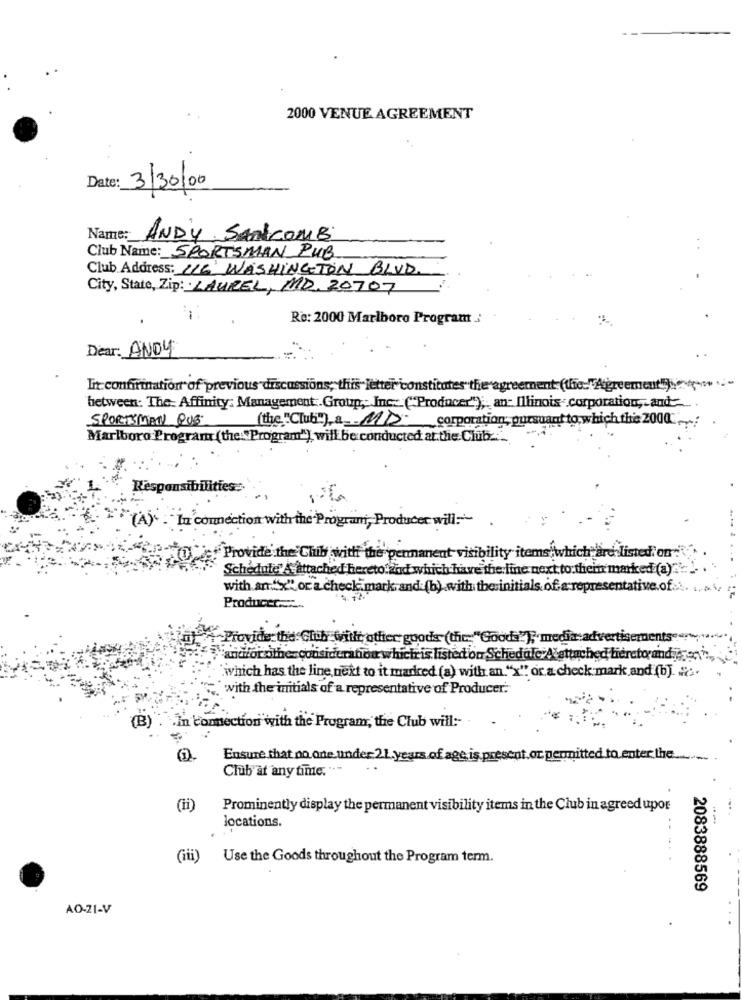
2000 VENUE AGREEMENT
Date:
3/30/00
Name:
ANDY, SANicomB
Club Name: SPORTSMAN PUB
Club Address: (16 WASHINGTON BLVD
City, State, Zip: LAUREL, MD. 20707
Re: 2000 Marlboro Program :
Dear: ANDY
In conforination of previous discussions, this letter constitutes the agreement (the "Agreement").
between: The: Affinity: Management.Group, Inc. ("Producer") ;. an- Illinois corporation ,- and --
SPORTSMAN PUS
(the "Club"), a MD
corporation, pursuant to, which the 2000-
Marlboro Program (the:"Program") will be conducted at the Club ....
Responsibilities:
"(A)" . "In connection with the Program, Producer will ---
.Provide the Chib with the permanent visibility items which are listed on"
Schedule& attached hereto.and which have the line next to thein marked (a).
with an"x",or a check mark.and (b) with theinitials of a representative.of.\.
Producer .....
Provide the Club witlt other goods (the: "Gooda"), media advertisements
"andforother consideration which is listed on Schedule A attached fieretorandi
which has the line next to it madred (a) with an. "x" or a check mark and (b). ....
with the initials of a representative of Producer:
(B)
in connection with the Program, the Club will :-
Ensure that no one under 21.years of age, is present.or permitted to enter the.
Club at any time. ""
(ii)
Prominently display the permanent visibility items in the Club in agreed upor
locations.
(iii)
Use the Goods throughout the Program term.
2083888569
AO-21-V